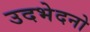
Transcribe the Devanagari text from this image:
उदभेदनो